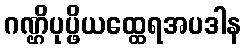
ဂဏ္ဌိပုပ္ဖိယထ္ထေရအပဒါန